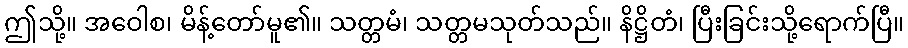
ဤသို့။ အဝေါစ၊ မိန့်တော်မူ၏။ သတ္တမံ၊ သတ္တမသုတ်သည်။ နိဋ္ဌိတံ၊ ပြီးခြင်းသို့ရောက်ပြီ။